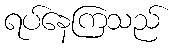
ရပ်နေကြသည်